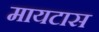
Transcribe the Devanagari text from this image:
मायटास